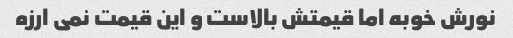
نورش خوبه اما قیمتش بالاست و این قیمت نمی ارزه